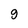
Character: 9